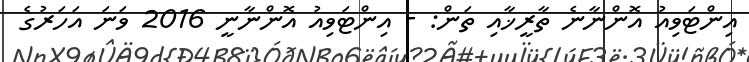
އިންޓަވިއު އޮންނާނެ ތާރީޚާއި ތަން: - އިންޓަވިއު އޮންނާނީ 2016 ވަނަ އަހަރުގެ